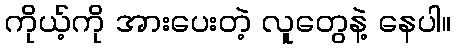
ကိုယ့်ကို အားပေးတဲ့ လူတွေနဲ့ နေပါ။